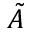
\tilde { A }